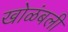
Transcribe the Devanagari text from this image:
खोळंबली